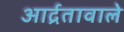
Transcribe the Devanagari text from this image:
आर्द्रतावाले